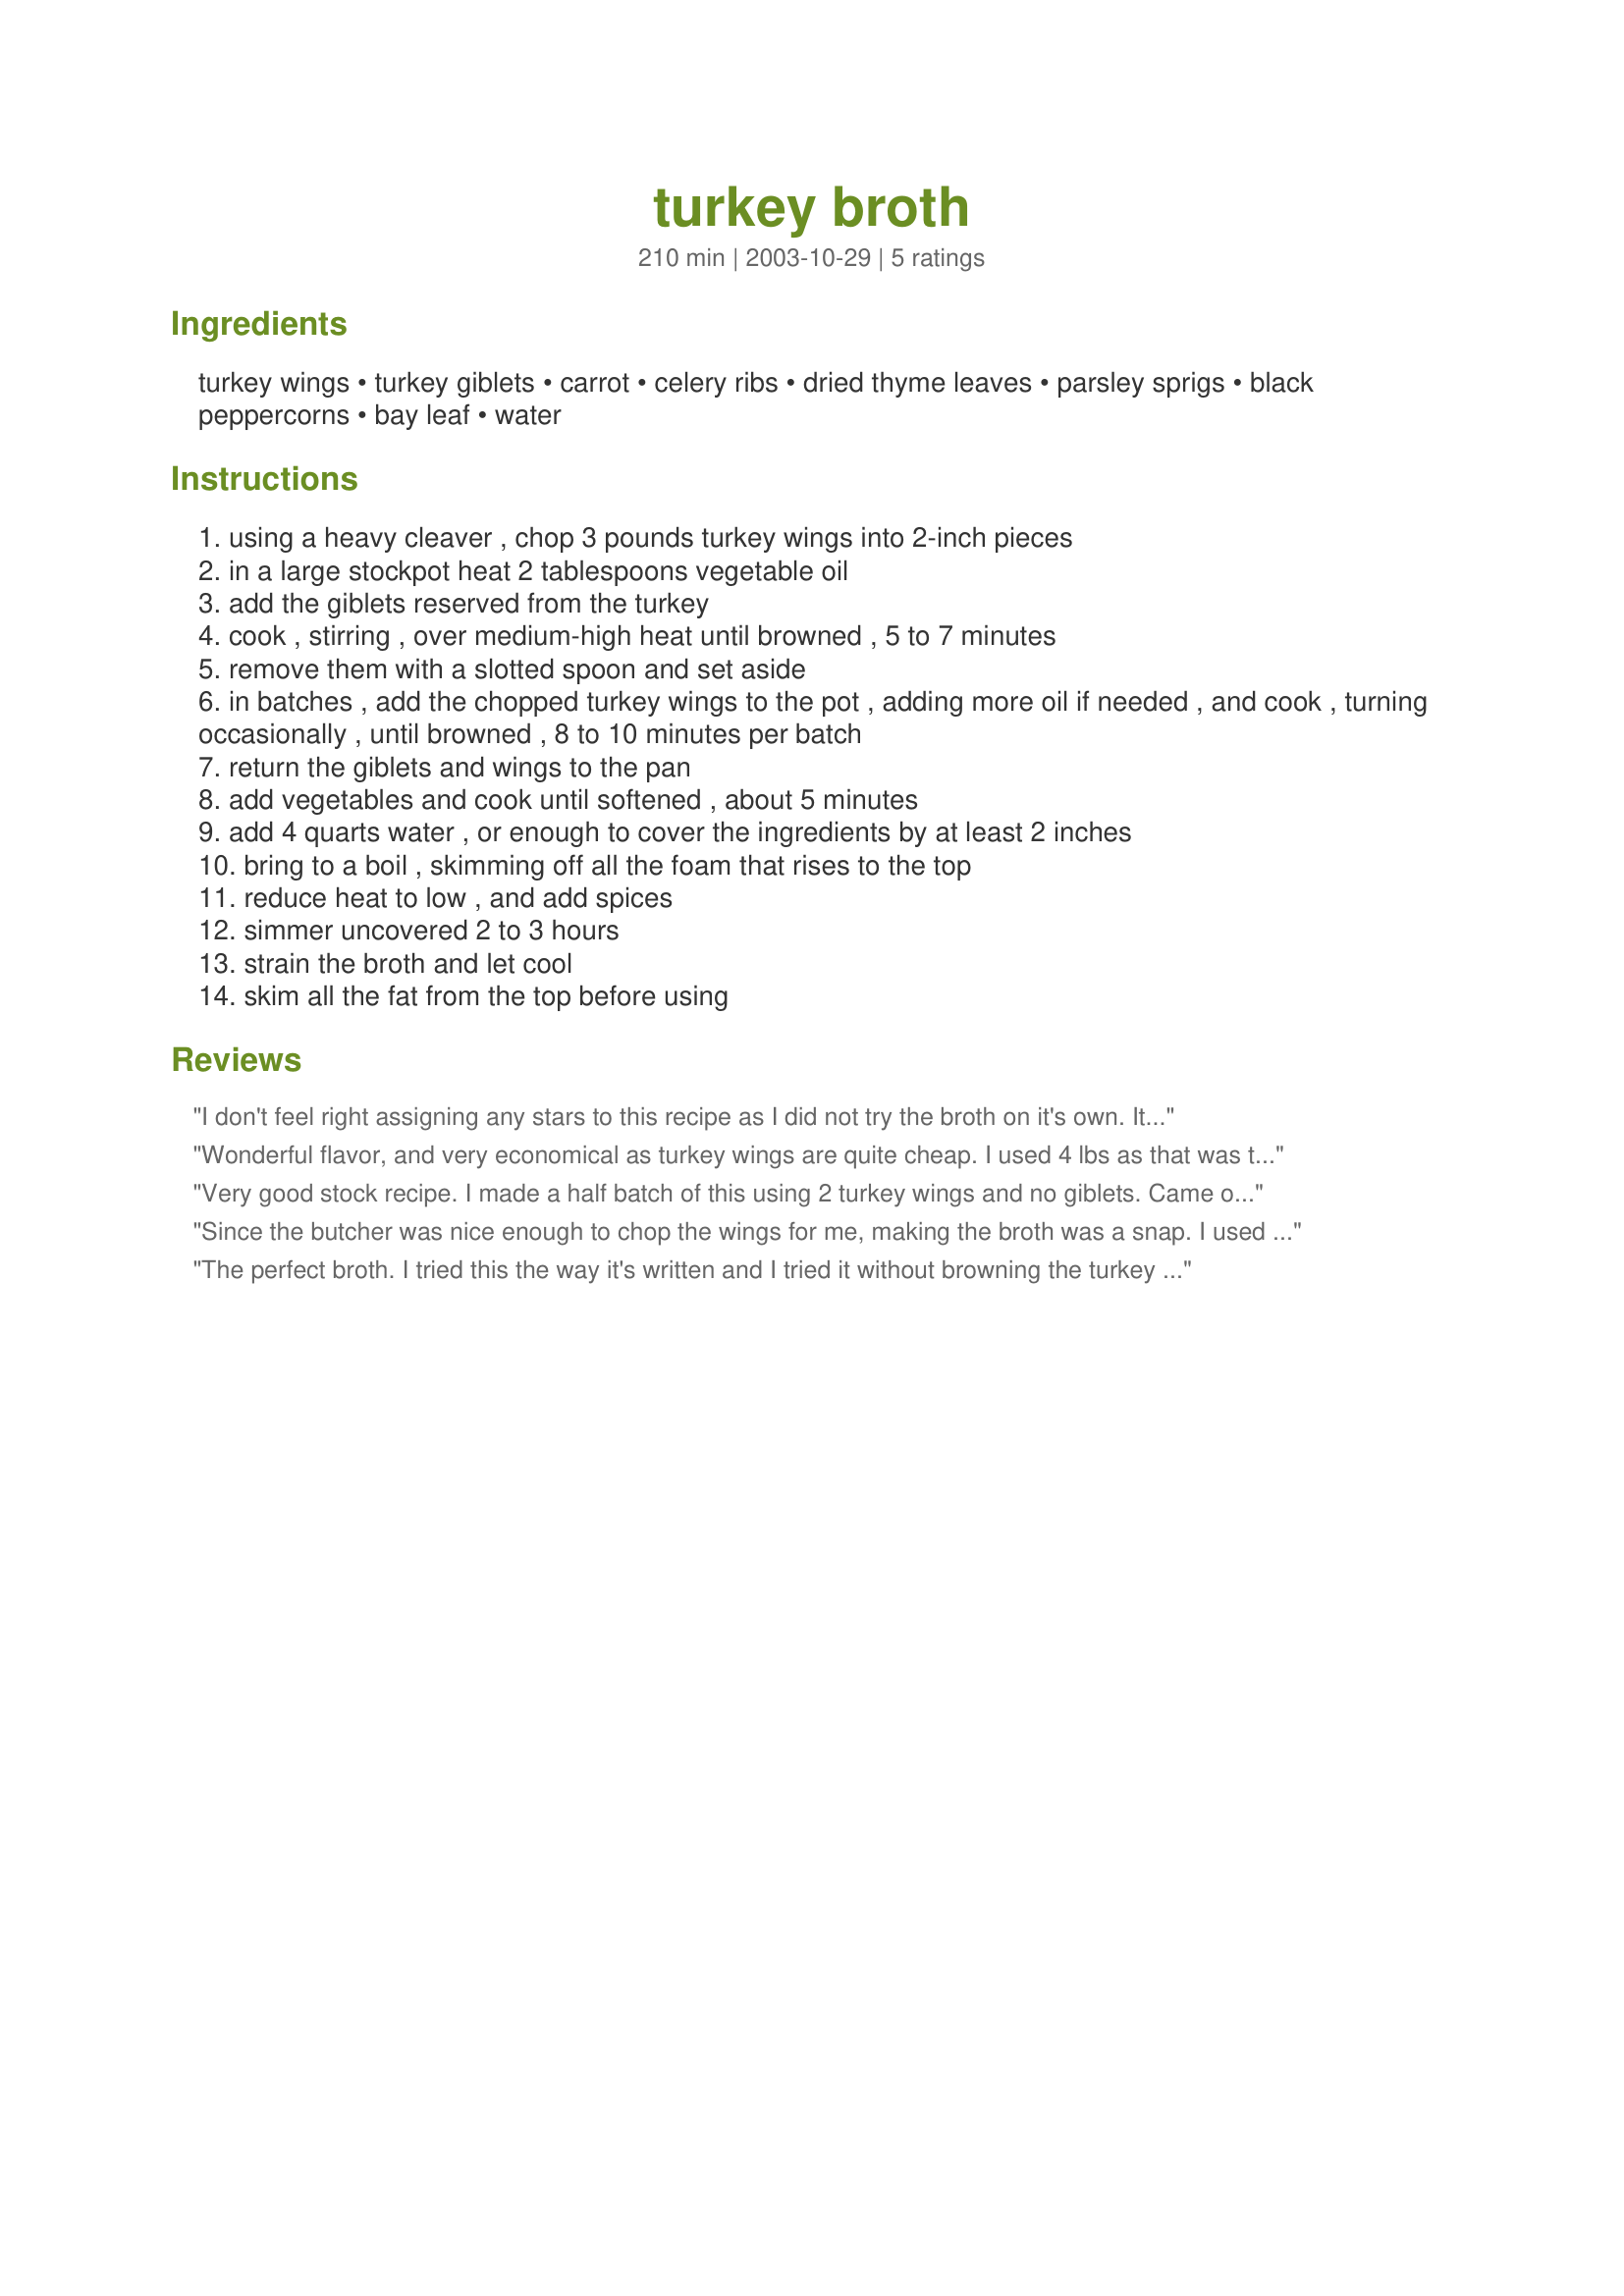
turkey broth
Preparation time: 210 minutes

Ingredients:
turkey wings, turkey giblets, carrot, celery ribs, dried thyme leaves, parsley sprigs, black peppercorns, bay leaf, water

Steps:
using a heavy cleaver , chop 3 pounds turkey wings into 2-inch pieces
in a large stockpot heat 2 tablespoons vegetable oil
add the giblets reserved from the turkey
cook , stirring , over medium-high heat until browned , 5 to 7 minutes
remove them with a slotted spoon and set aside
in batches , add the chopped turkey wings to the pot , adding more oil if needed , and cook , turning occasionally , until browned , 8 to 10 minutes per batch
return the giblets and wings to the pan
add vegetables and cook until softened , about 5 minutes
add 4 quarts water , or enough to cover the ingredients by at least 2 inches
bring to a boil , skimming off all the foam that rises to the top
reduce heat to low , and add spices
simmer uncovered 2 to 3 hours
strain the broth and let cool
skim all the fat from the top before using

Reviews:
I don't feel right assigning any stars to this recipe as I did not try the broth on it's own. It is of course the major component of the Turkey Gravy recipe #74273 which was an excellent gravy. So, I know the broth is good in that respect but that's it so I choose to make a comments only review.
Wonderful flavor, and very economical as turkey wings are quite cheap. I used 4 lbs as that was the smallest package I could find. A bit of trouble hacking the wings into two (my grocer does not custom-cut poultry due to contamination concerns) but a hacksaw made it short work, even if it confused my SO, who was wondering why the hacksaw was in the dishwasher, LOL. Thanks for another great recipe, Mean! I used 4 cups in the turkey gravy and have 10 cups in the freezer. :-)
Very good stock recipe. I made a half batch of this using 2 turkey wings and no giblets. Came out wonderfully aromatic. I strained it through a cheese cloth and froze if for soup this fall.
Since the butcher was nice enough to chop the wings for me, making the broth was a snap. I used it to make Mean Chef's Turkey Gravy (Recipe #74273) with sensational results!
The perfect broth. I tried this the way it's written and I tried it without browning the turkey parts. Browning IS better.
